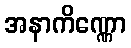
အနာကိဏ္ဏော